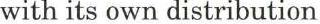
with its own distribution